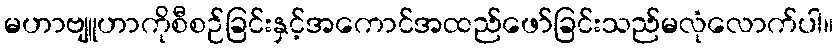
မဟာဗျူဟာကိုစီစဉ်ခြင်းနှင့်အကောင်အထည်ဖော်ခြင်းသည်မလုံလောက်ပါ။